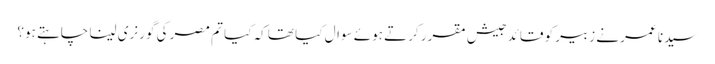
سیدنا عمر نے زبیر کو قائد جیش مقرر کرتے ہوئے سوال کیا تھا کہ کیا تم مصر کی گورنری لینا چاہتے ہو؟